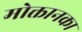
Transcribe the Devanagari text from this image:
मोक्तानका